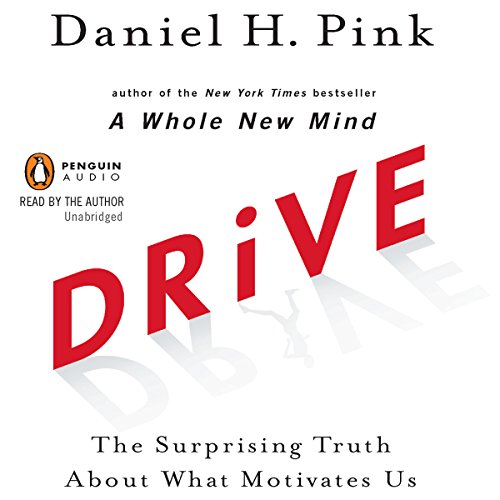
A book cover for Drive: The Surprising Truth About What Motivates Us; Daniel H. Pink; Medical Books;